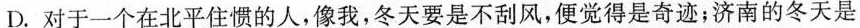
D.对于一个在北平住惯的人，像我，冬天要是不刮风，便觉得是奇迹；济南的冬天是